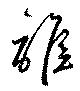
離